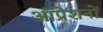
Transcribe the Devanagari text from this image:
ऑप्रेशनों